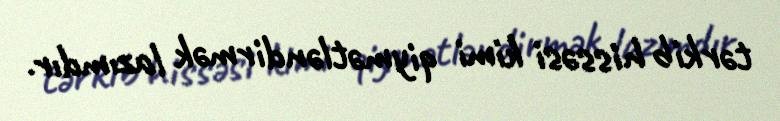
tərkib hissəsi kimi qiymətləndirmək lazımdır.